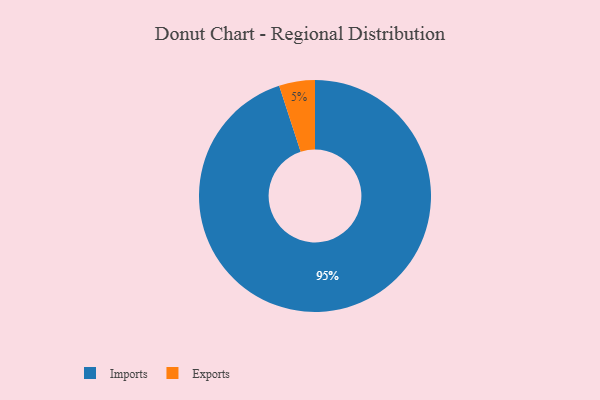
{"axis": {"x": "Category", "y": "Percentage"}, "legend": ["Exports", "Imports"], "data": [{"x": "Imports", "y": 95, "type": "Imports"}, {"x": "Exports", "y": 5, "type": "Exports"}]}